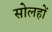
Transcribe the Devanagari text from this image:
सोलहों